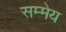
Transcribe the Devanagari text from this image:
सम्मेय